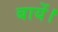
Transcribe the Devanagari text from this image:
बायें।